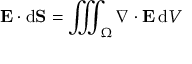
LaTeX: \mathbf { E } \cdot \mathrm { d } \mathbf { S } = \iiint _ { \Omega } \nabla \cdot \mathbf { E } \, \mathrm { d } V